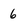
Character: 6